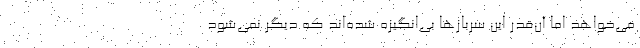
می‌خواهد اما آن‌قدر این سربازها بی‌انگیزه شده‌اند که دیگر نمی‌شود